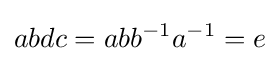
abdc=abb^{-1}a^{-1}=e